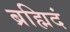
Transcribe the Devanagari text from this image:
ब्रह्मिदं